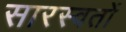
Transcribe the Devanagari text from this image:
सारस्वतों